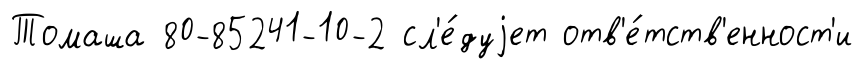
Томаша 80-85241-10-2 сл'е́дуjет отв'е́тств'енност'и